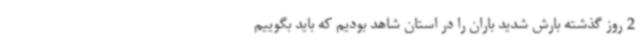
2 روز گذشته بارش شدید باران را در استان شاهد بودیم که باید بگوییم